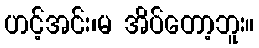
ဟင့်အင်း၊မ အိပ်တော့ဘူး။